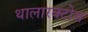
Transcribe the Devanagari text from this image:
थालारक्टोस